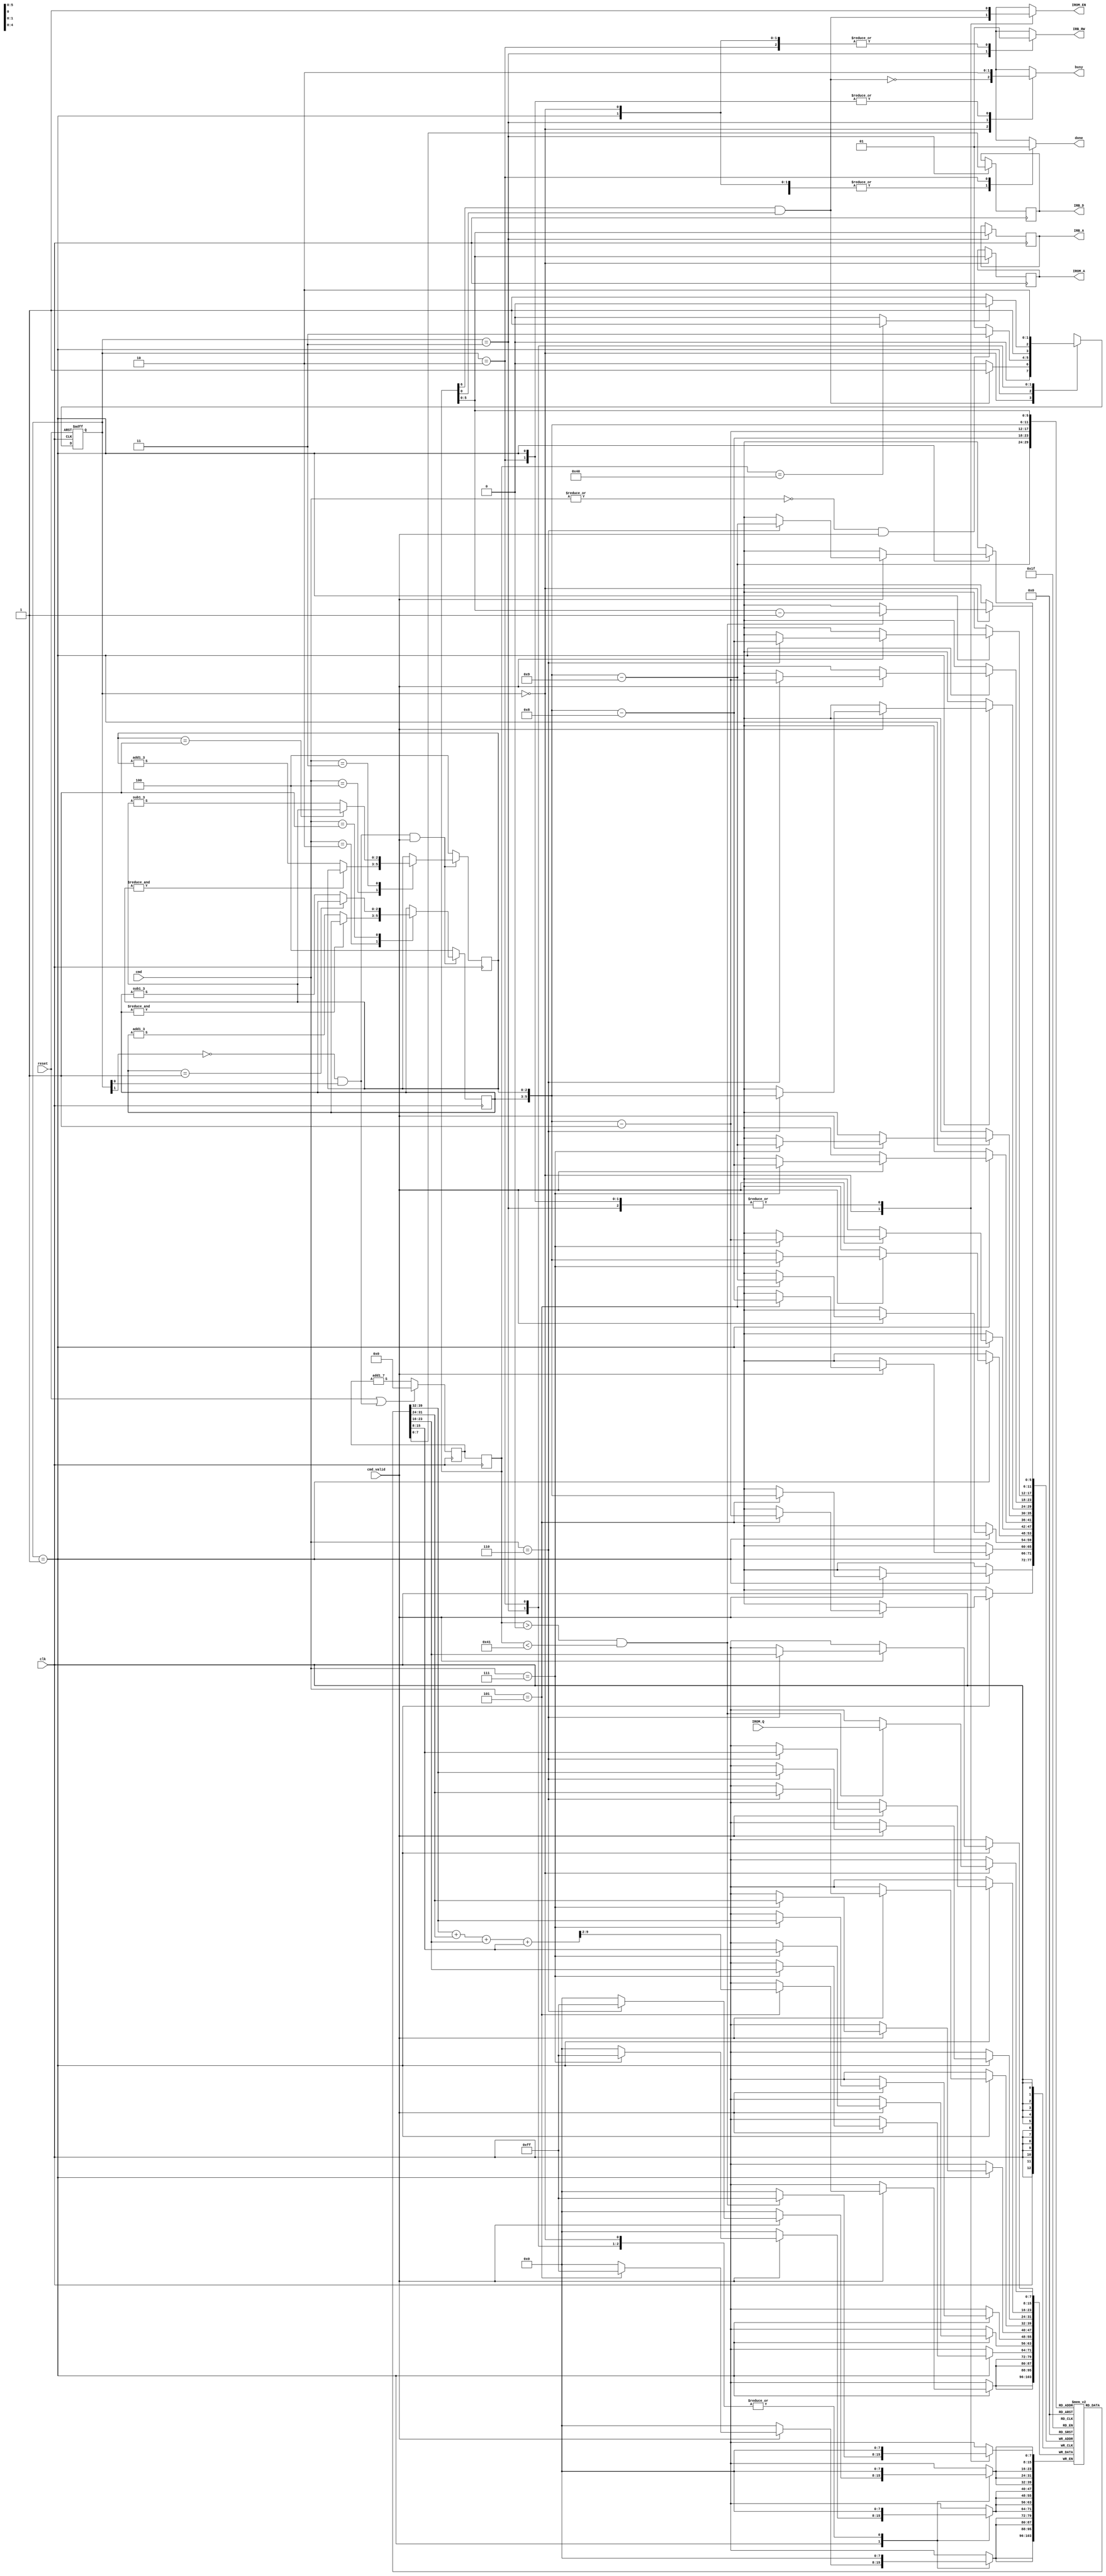
/******************************************************************/
// MODULE    :  LCD_CTRL
// VERSION   :  2.8, a new version adapt from v24
// TEAMS     :  Hung, Song
// CODE TYPE :  RTL
/******************************************************************/
module LCD_CTRL(clk, reset, IROM_Q, cmd, cmd_valid, IROM_EN, IROM_A, IRB_RW, IRB_D, IRB_A, busy, done);
input clk;
input reset;
input [7:0] IROM_Q;
input [2:0] cmd;
input cmd_valid;
output IROM_EN;
output [5:0] IROM_A;
output IRB_RW;
output [7:0] IRB_D;
output [5:0] IRB_A;
output busy;
output done;

//reg
reg busy;
reg IROM_EN;
reg IRB_RW;
reg done;
reg [5:0]IROM_A;
reg [5:0] IRB_A;
reg [7:0] IRB_D;
//define state parameter
parameter	[1:0]	INIT=2'b00;
parameter	[1:0]	WORK=2'b01;
parameter	[1:0]	WRIT=2'b11;
parameter	[1:0]	DONE=2'b10;
//define command parameter
parameter	[2:0]	WRTBK=3'd0;
parameter	[2:0]	OP_UP=3'd1;
parameter	[2:0]	OP_DN=3'd2;
parameter	[2:0]	OP_LF=3'd3;
parameter	[2:0]	OP_RT=3'd4;
parameter	[2:0]	AVRGE=3'd5;
parameter	[2:0]	MRR_X=3'd6;
parameter	[2:0]	MRR_Y=3'd7;

reg [6:0]pcnt,ncnt;
//state control
reg [1:0]cs;
reg [1:0]ns;
//state DFF
always@(posedge clk or posedge reset)begin
	if(reset)	cs<=INIT;
	else		cs<=ns;
end
//state FSM
wire ini_done;
wire wrt_done;
assign ini_done=ncnt[6]&ncnt[0];	//done when 65
assign wrt_done=(ncnt==7'd64)?1'b1:1'b0;		//done when 63

wire enterws;
assign enterws=(~|cmd)&cmd_valid;

always@(*)begin
	case(cs)
	INIT:	begin	ns<=(ini_done)?WORK:INIT;
					busy<=~ini_done;
					IROM_EN<=ini_done;
					IRB_RW<=1'b1;
					done<=1'b0;
			end
	WORK:	begin	ns<=(enterws)?WRIT:WORK;
					busy<=1'b0;
					IROM_EN<=1'b1;
					IRB_RW<=1'b1;
					done<=1'b0;
			end
	WRIT:	begin	ns<=(wrt_done)?DONE:WRIT;
					busy<=1'b1;
					IROM_EN<=1'b1;
					IRB_RW<=1'b0;
					done<=1'b0;
			end
	DONE:	begin	ns<=DONE;
					busy<=1'b0;
					IROM_EN<=1'b1;
					IRB_RW<=1'b1;
					done<=1'b1;
			end
	endcase
end


wire cntzero;
wire workstate;
assign workstate=(~cs[1])&cs[0];
assign cntzero=reset|workstate;

wire [6:0]pcnt1;
//module add1_7(A,S);
add1_7	a1(pcnt,pcnt1);
//counter to generate addr
always@(posedge clk)begin
	if(cntzero)		begin pcnt<=0;			end
	else 			begin pcnt<=pcnt1;		end
end


always@(negedge clk)
	ncnt<=pcnt;


//operation point
reg [2:0] 	opX,opY;
wire [2:0]	opXa1,opXs1,opYa1,opYs1;
//module add1_3(A,S);
add1_3	a2(opX,opXa1);
add1_3	a3(opY,opYa1);
//module sub1_3(A,S);
sub1_3	a4(opX,opXs1);
sub1_3	a5(opY,opYs1);
wire op_valid;
assign op_valid=(~cs[1])&cs[0]&cmd_valid;
always@(posedge clk)begin
	if(op_valid)begin
			case(cmd)
			OP_DN:	opY<=(&opY)?	opY:opYa1;
			OP_UP:	opY<=(opY==3'd1)?	opY:opYs1;
			OP_RT:	opX<=(&opX)?	opX:opXa1;
			OP_LF:	opX<=(opX==3'd1)?	opX:opXs1;
			default:	begin	opX<=opX;	opY<=opY;	end
			endcase
		end
	else begin
		opX<=3'd4;
		opY<=3'd4;
		end
end	


//img computation
reg  [7:0] img [0:63];
wire [5:0]pos1,pos2,pos3,pos4;
assign pos1={opY,opX}-6'd9;		//  1    2
assign pos2={opY,opX}-6'd8;		//    op
assign pos3={opY,opX}-6'd1;		//  3    4
assign pos4={opY,opX};
wire [9:0]sum;
assign sum=img[pos1]+img[pos2]+img[pos3]+img[pos4];

always@(negedge clk)begin
	case(cs)
	INIT:	begin
			if(ncnt>7'd0 && ncnt<7'd65) begin img[ncnt-1]<=IROM_Q; end
				else
					;
			IROM_A<=ncnt[5:0];
			end
	WORK:	if (cmd_valid)begin
				case(cmd)
				MRR_X:	begin
				img[pos1]<=img[pos3];	
				img[pos2]<=img[pos4];
				img[pos3]<=img[pos1];
				img[pos4]<=img[pos2];
				end
				MRR_Y:	begin
				img[pos1]<=img[pos2];	
				img[pos2]<=img[pos1];
				img[pos3]<=img[pos4];
				img[pos4]<=img[pos3];
				end
				AVRGE:	begin
				img[pos1]<=sum[9:2];	
				img[pos2]<=sum[9:2];
				img[pos3]<=sum[9:2];
				img[pos4]<=sum[9:2];
				end
				default:;
				endcase
			end
				else
					;
	WRIT:	begin
			IRB_A<=ncnt[5:0];
			IRB_D<=img[ncnt[5:0]];
			end
	DONE:	;
	endcase
end

endmodule

/*----------------------*/
/*						*/
/*		submodule		*/
/*						*/
/*----------------------*/

module add1_7(A,S);
input [6:0]A;
output [6:0]S;
wire [6:0]C;
assign C[0]=1'b1;
assign C[1]=A[0];
assign C[2]=C[1]&A[1];
assign C[3]=C[2]&A[2];
assign C[4]=C[3]&A[3];
assign C[5]=C[4]&A[4];
assign C[6]=C[5]&A[5];
assign S=A^C;
endmodule

module add1_3(A,S);
input [2:0]A;
output [2:0]S;
wire [2:0]C;
assign C[0]=1'b1;
assign C[1]=A[0];
assign C[2]=C[1]&A[1];
assign S=A^C;
endmodule

module sub1_3(A,S);
input [2:0]A;
output [2:0]S;
wire [2:0]C;
assign C[0]=0;
assign C[1]=A[0];
assign C[2]=C[1]|A[1];
assign S=~(A^C);
endmodule